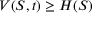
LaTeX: V ( S , t ) \geq H ( S )